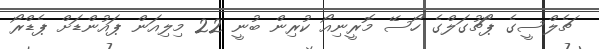
ޗެލްސީގެ ޕޯޗުގަލްގެ ހޯސޭ މޮރީނިއޯ ކުރިން ބުނީ 22 މިލިއަން ޕައުންޑަށް ޕެޑްރޯ